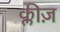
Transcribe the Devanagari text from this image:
क्लीज़